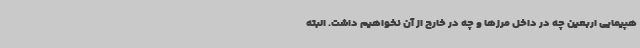
هپیمایی اربعین چه در داخل مرزها و چه در خارج از آن نخواهیم داشت. البته